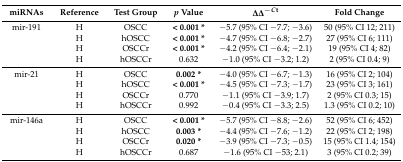
<table><thead><tr><td><b>miRNAs</b></td><td><b>Reference</b></td><td><b>Test Group</b></td><td><b><i>p</i> Value</b></td><td><b>∆∆<sup>−</sup><i><sup>C</sup></i><sup>t</sup></b></td><td><b>Fold Change</b></td></tr></thead><tbody><tr><td>mir-191</td><td>H</td><td>OSCC</td><td><b>&lt; 0.001 *</b></td><td>−5.7 (95% CI −7.7; −3.6)</td><td>50 (95% CI 12; 211)</td></tr><tr><td></td><td>H</td><td>hOSCC</td><td><b>&lt; 0.001 *</b></td><td>−4.7 (95% CI −6.8; −2.7)</td><td>27 (95% CI 6; 111)</td></tr><tr><td></td><td>H</td><td>OSCCr</td><td><b>&lt; 0.001 *</b></td><td>−4.2 (95% CI −6.4; −2.1)</td><td>19 (95% CI 4; 82)</td></tr><tr><td></td><td>H</td><td>hOSCCr</td><td>0.632</td><td>−1.0 (95% CI −3.2; 1.2)</td><td>2 (95% CI 0.4; 9)</td></tr><tr><td>mir-21</td><td>H</td><td>OSCC</td><td><b>0.002 *</b></td><td>−4.0 (95% CI −6.7; −1.3)</td><td>16 (95% CI 2; 104)</td></tr><tr><td></td><td>H</td><td>hOSCC</td><td><b>&lt; 0.001 *</b></td><td>−4.5 (95% CI −7.3; −1.7)</td><td>23 (95% CI 3; 161)</td></tr><tr><td></td><td>H</td><td>OSCCr</td><td>0.770</td><td>−1.1 (95% CI −3.9; 1.7)</td><td>2 (95% CI 0.3; 15)</td></tr><tr><td></td><td>H</td><td>hOSCCr</td><td>0.992</td><td>−0.4 (95% CI −3.3; 2.5)</td><td>1.3 (95% CI 0.2; 10)</td></tr><tr><td>mir-146a</td><td>H</td><td>OSCC</td><td><b>&lt; 0.001 *</b></td><td>−5.7 (95% CI −8.8; −2.6)</td><td>52 (95% CI 6; 452)</td></tr><tr><td></td><td>H</td><td>hOSCC</td><td><b>0.003 *</b></td><td>−4.4 (95% CI −7.6; −1.2)</td><td>22 (95% CI 2; 198)</td></tr><tr><td></td><td>H</td><td>OSCCr</td><td><b>0.020 *</b></td><td>−3.9 (95% CI −7.3; −0.5)</td><td>15 (95% CI 1.4; 154)</td></tr><tr><td></td><td>H</td><td>hOSCCr</td><td>0.687</td><td>−1.6 (95% CI −53; 2.1)</td><td>3 (95% CI 0.2; 39)</td></tr></tbody></table>